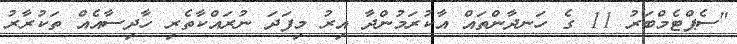
"ސެޕްޓެމްބަރު 11 ގެ ހަނދާންތައް އާކުރަމުންދާ އިރު މިފަދަ ނުރައްކާތެރި ހާދިސާއެއް ތަކުރާރު